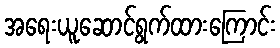
အရေးယူဆောင်ရွက်ထားကြောင်း